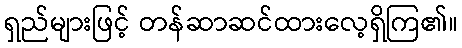
ရှည်များဖြင့် တန်ဆာဆင်ထားလေ့ရှိကြ၏။